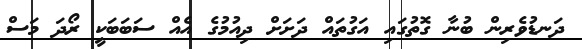
ދަނޑުވެރިން ބުނާ ގޮތުގައި އަގުތައް ދަށަށް ދިއުމުގެ އެއް ސަބަބަކީ ރޯދަ މަސް